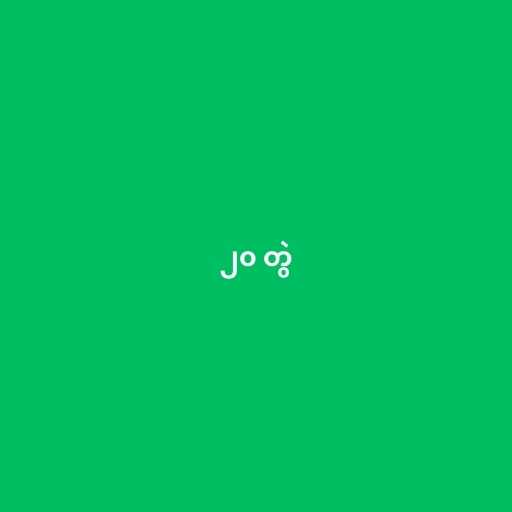
၂၀ တွဲ